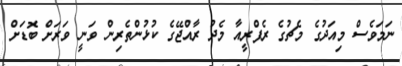
ނަމަވެސް މިއަދުގެ މެޗުގެ ރެފްރީއާ މެދު ރާއްޖޭގެ ކުޅުންތެރިން ވަނީ ވަރަށް ބޮޑަށް